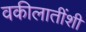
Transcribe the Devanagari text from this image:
वकीलातींशी